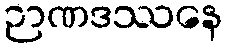
ဉာဏဒဿနေ